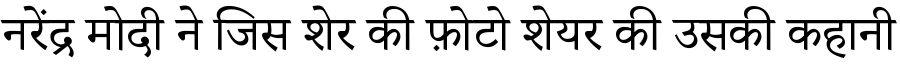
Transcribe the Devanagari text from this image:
नरेंद्र मोदी ने जिस शेर की फ़ोटो शेयर की उसकी कहानी